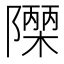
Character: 𮥫